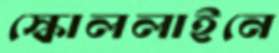
স্কোললাইনে